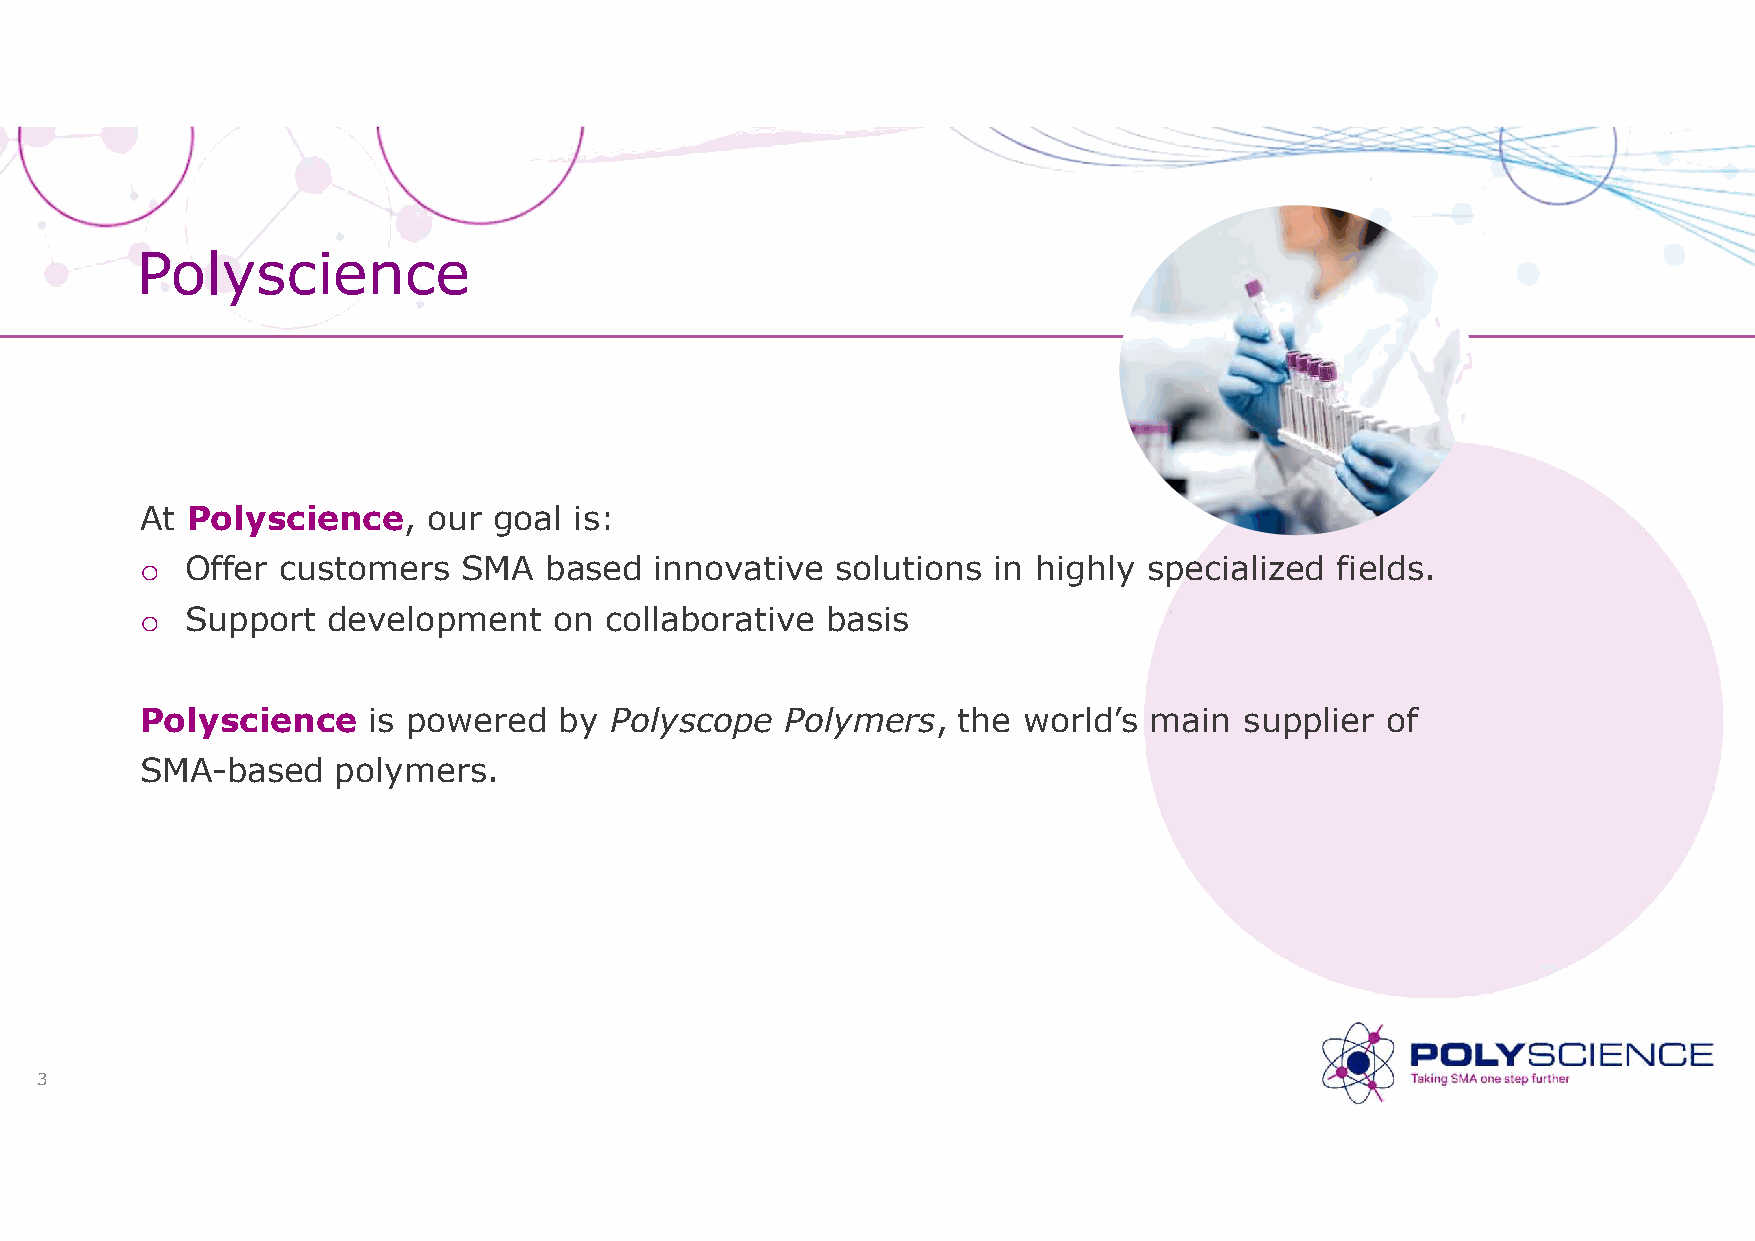
Polyscience
 At Polyscience,    our  goal is:
 o  Offer customers    SMA  based  innovative  solutions  in highly specialized fields.
 o  Support   development    on collaborative  basis
 Polyscience    is powered   by Polyscope   Polymers,  the  world’s main  supplier  of
 SMA-based    polymers.
 3